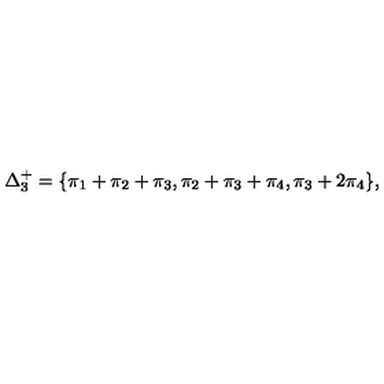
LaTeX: \Delta _ { 3 } ^ { + } = \{ \pi _ { 1 } + \pi _ { 2 } + \pi _ { 3 } , \pi _ { 2 } + \pi _ { 3 } + \pi _ { 4 } , \pi _ { 3 } + 2 \pi _ { 4 } \} ,